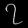
Digit: ၇